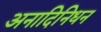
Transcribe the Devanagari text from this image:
अनादिनिधन